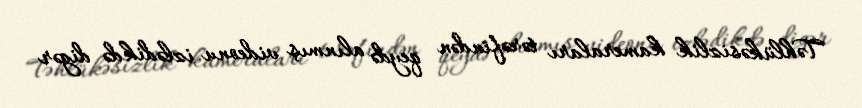
Təhlükəsizlik kameraları tərəfindən qeydə alınmış videonu izlədikdə digər